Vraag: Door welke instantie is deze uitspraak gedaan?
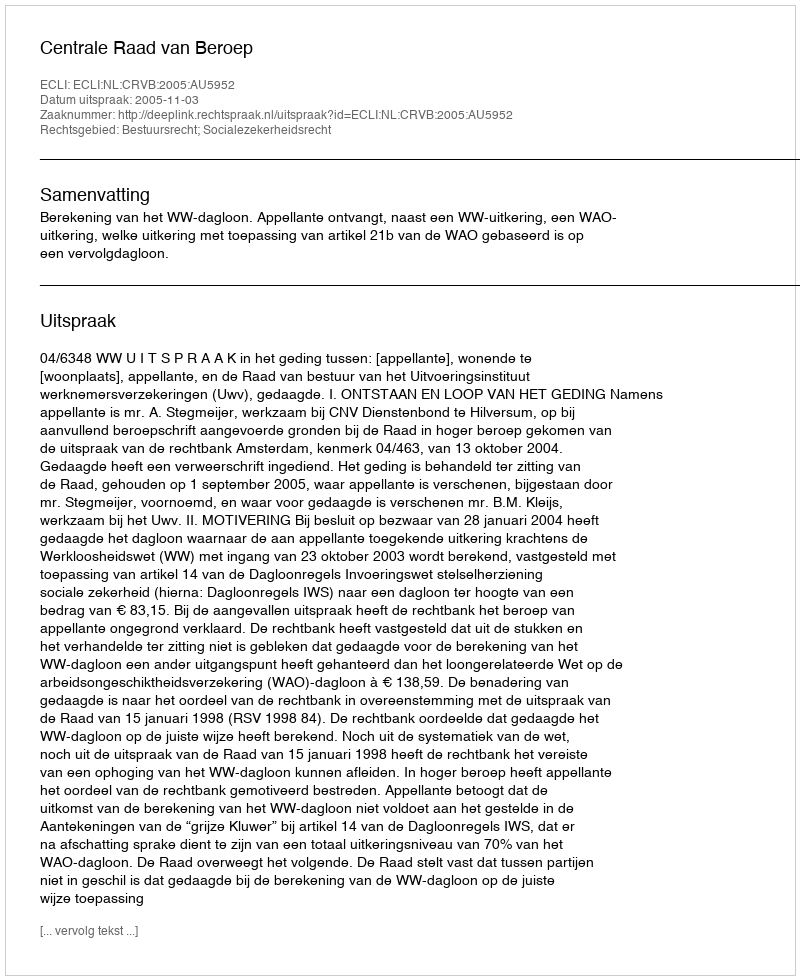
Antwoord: Centrale Raad van Beroep